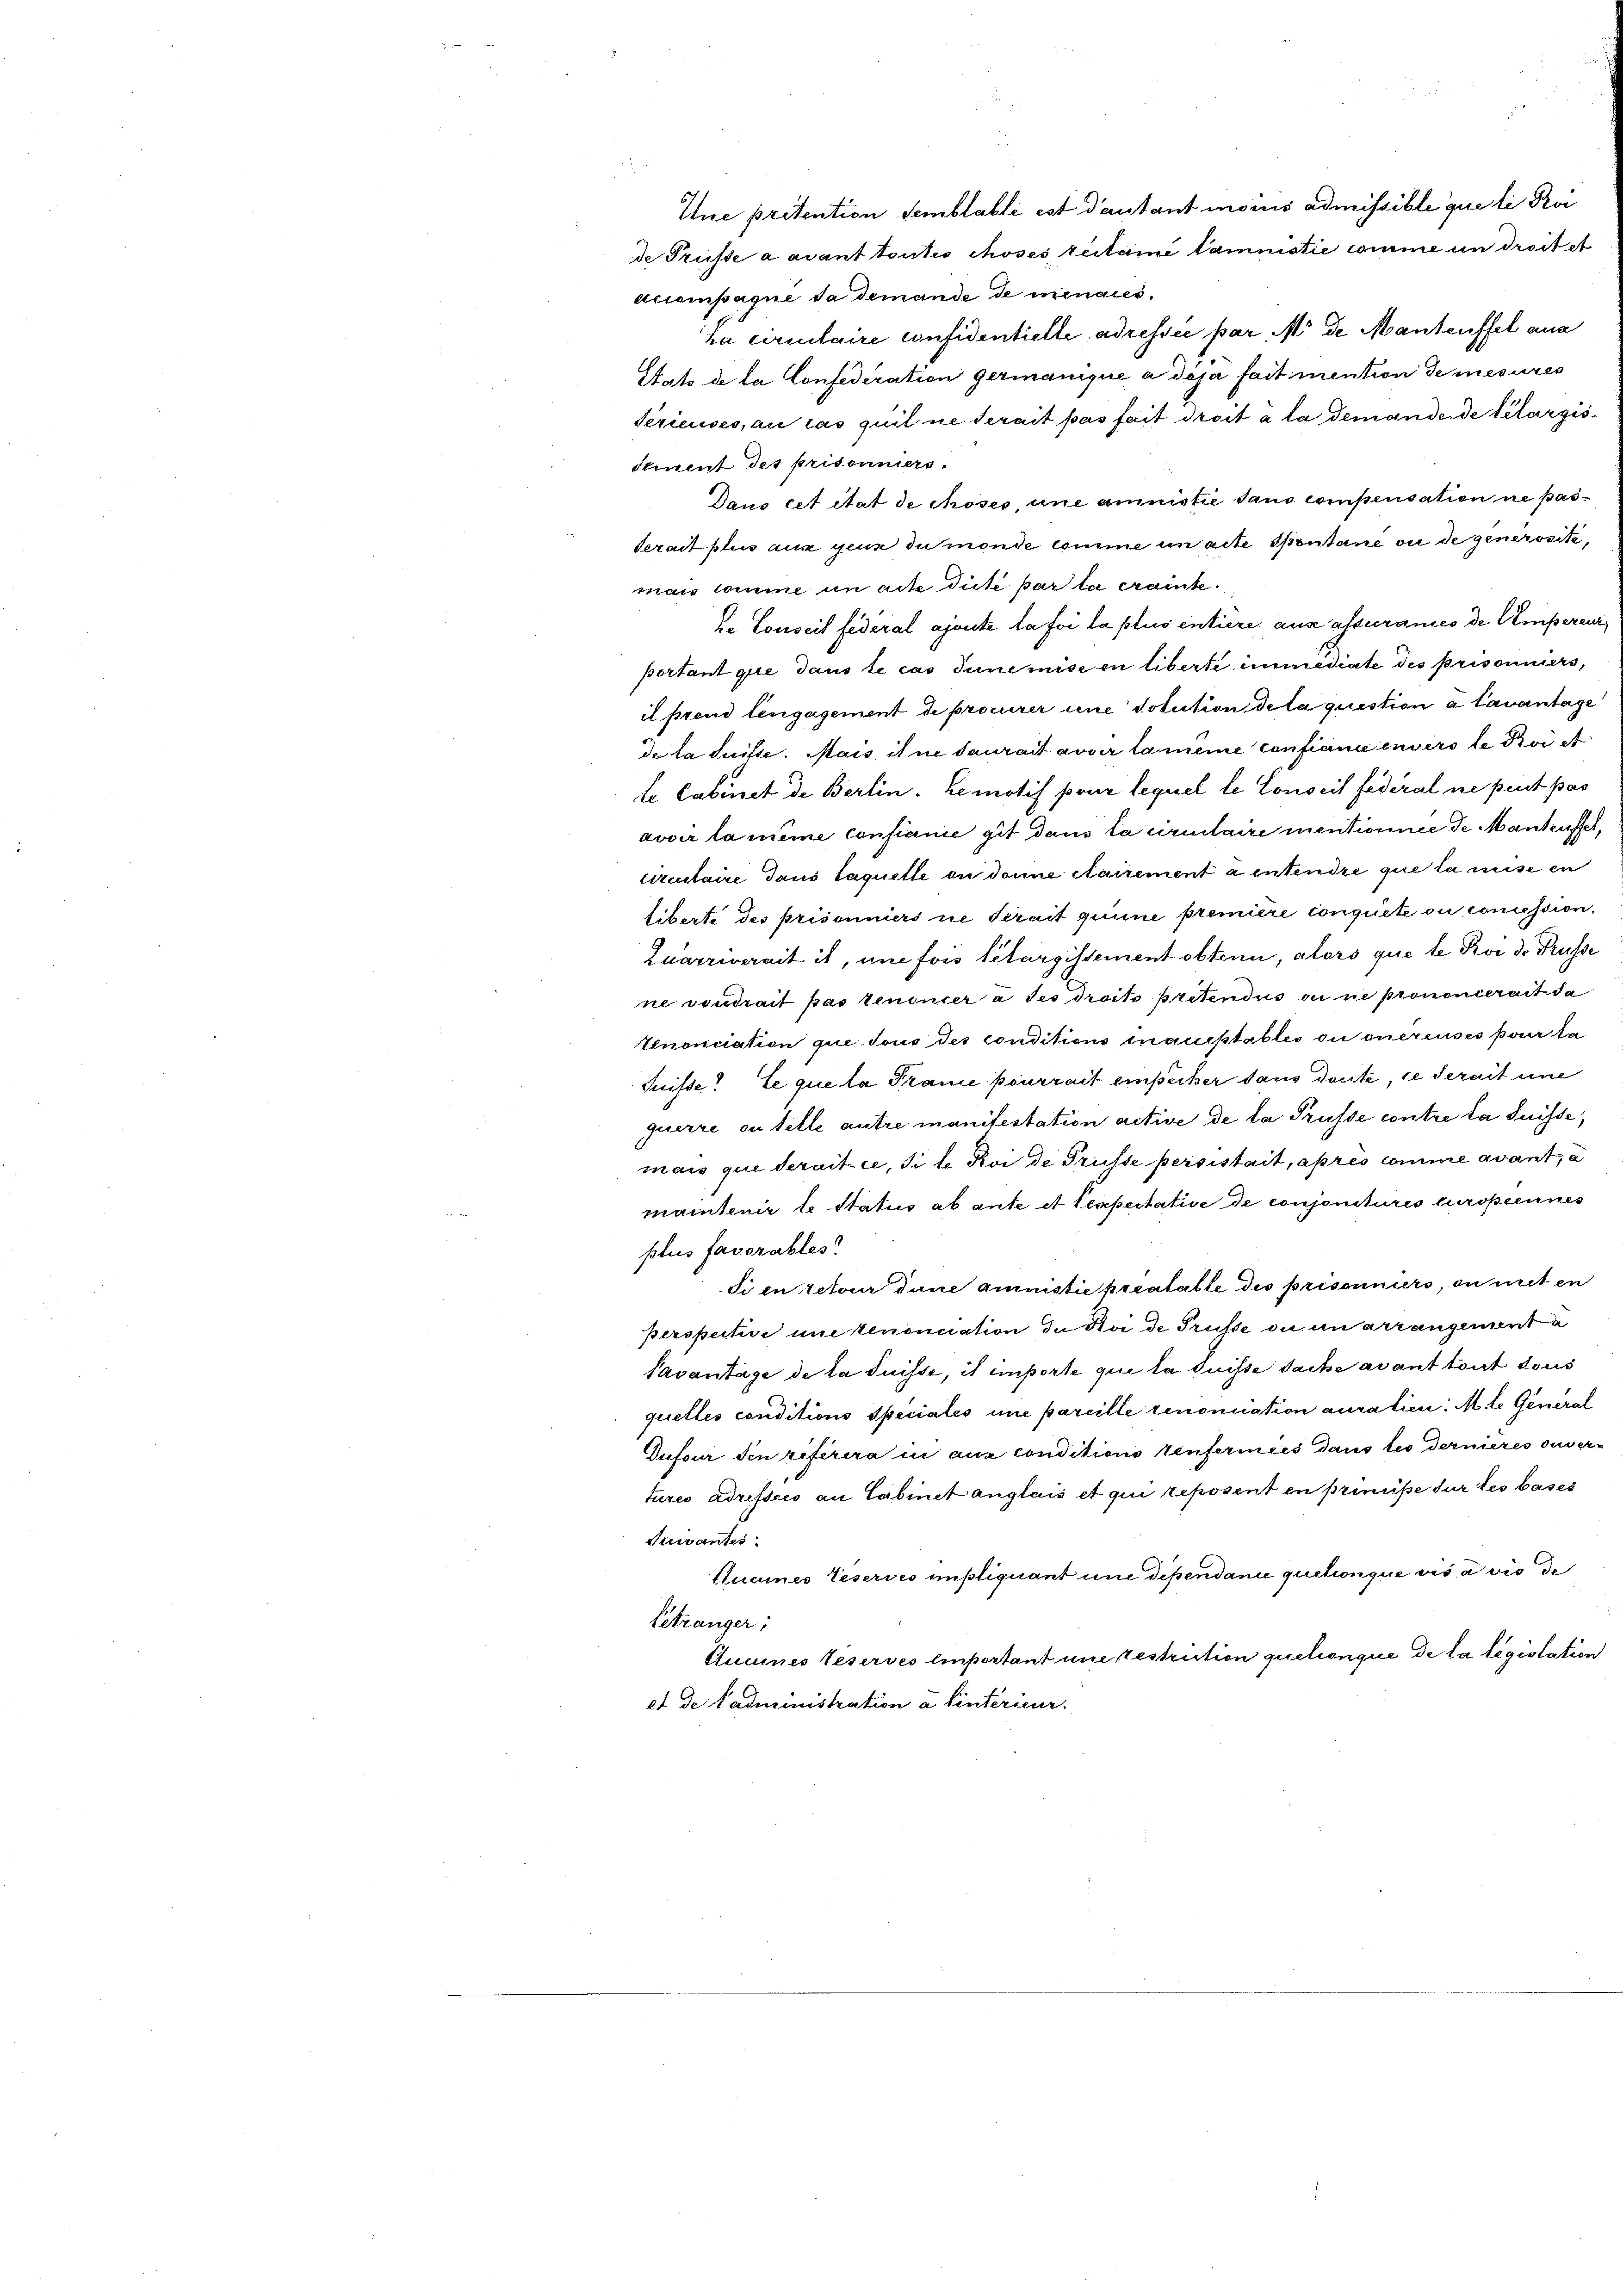
Ine prétention Semblable est dautant moins admissible que le Poi

de Trüsse a avant toutes choses, teitam tamnistie courie un droit et
accompagne da demande de menaues.
ka circulaire confidentielle adressée par M. de Manteuffel aus
Stats de la Confederation germanique a déjà fait mention de mesures
Sérieuses, au cas quil ne derait pas fait droit à la demande de telargis¬
Stuent des prisonniers.
Dans cet état de choses, une annistie dans compensation ne pas¬
Serait plus aus gene du monde Comme un acte Spentane ou de generosite,
mais comme in acte dicte par la crainte
ke Conseit federal ajouté la foi la plus entiere aus assurances der Umpereur,
portant que dans le cas Junemise in liberte immediate des prisonniers,
il prend tengagement de procurer une solution deta question a lavantage
de la Suisse. Mais il ne saurait avoir la même confiani enverste Svi et
te Cabinet de Berlin. Le motif pour lequel le Conseil federal ne peut pas
avoir la même consignie git dans la circulaire mentionnée de Manteuffet,
Circulaire Taus laquelle in donne fairement a entendre que la mise en
liberte des prisonniers ne serait quine première conquete ou concession.
Zuarrivereit ist, une fois Pilargissement obtenn, alors que le Poi de Trüsse
ne voudrait pas tenoncer à ses droits pretendus ou ne prononcerait da
Unonciation que tous des conditions inausstables ou onéreuses pour la
Suisse. Le que la Traue pourrait einecker dans deute, ce serait eine
querre ou telle autre manifestation active de la Trüsse contre la Suisse,
mais que derait ce, site Koi de Trüsse persistait, apres comme avant, a
maintenir le Status ab ante et tempertative de conjonitures curoperines
plus favorables
Si en rector dane aministie prestatte des prisonniers, in mit en
perspective une renonciation in Koi de Trüsse ou an arrangementa
Tavantage de la Suisse, is emporte que la duisse Sache avant tout tous
quettes conditions Speciales une pareille renoniation auration. M. h. General
Dufour den referira in aux conditions Venfermeis dans les dernieres ouvertures adresses an Cabinet anglais et qui reposent en prinüsse sur les bases
Sivantes
Sucines Leservés impliquant und Dipendanie quelconque vis a vis de
Getränger;
Aucines Leserves Einpartant une restriction quelconque de la législation
et de Nadministration a hinterier.